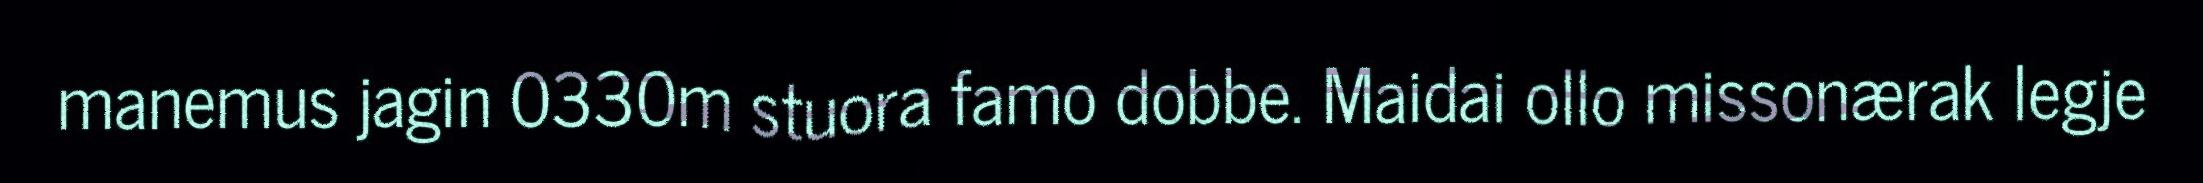
manemus jagin 0330m stuora famo dobbe. Maidai ollo missonærak legje